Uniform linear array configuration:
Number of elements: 12
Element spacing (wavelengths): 0.25
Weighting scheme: hann
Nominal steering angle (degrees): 60
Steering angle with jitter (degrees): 59.255
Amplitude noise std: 0.05
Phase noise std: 0.05

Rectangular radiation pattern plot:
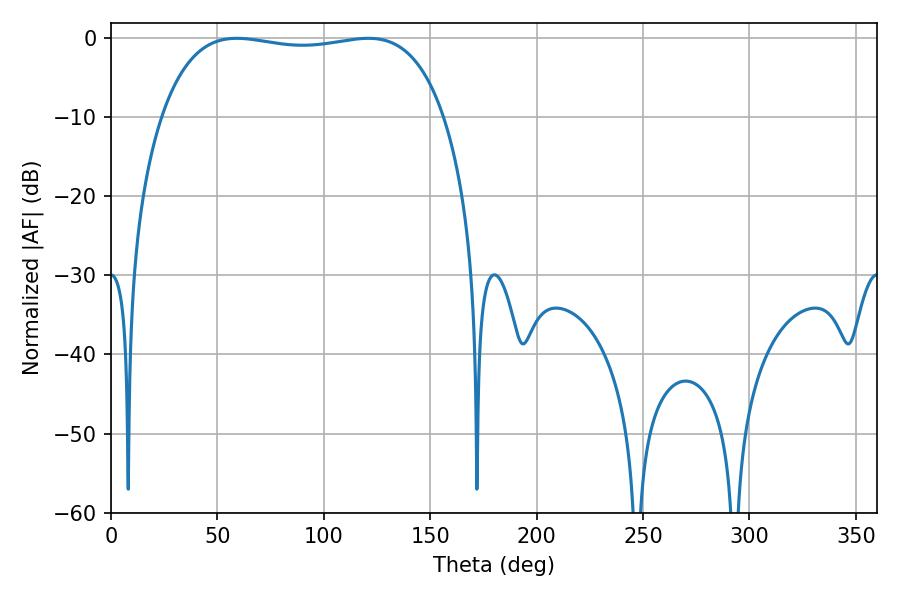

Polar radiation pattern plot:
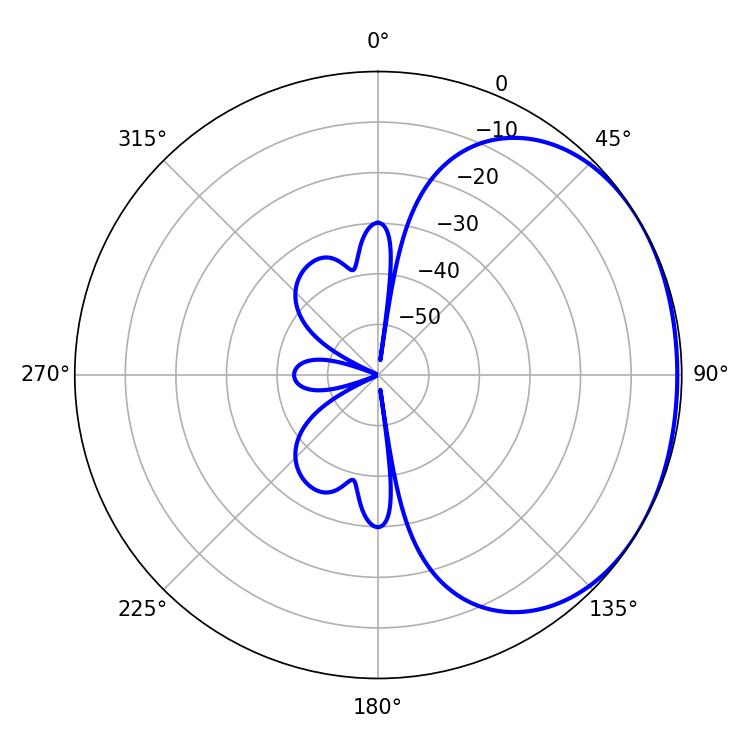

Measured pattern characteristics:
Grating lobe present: FALSE
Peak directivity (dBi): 1.302
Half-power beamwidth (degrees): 106.56
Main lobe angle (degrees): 59.04